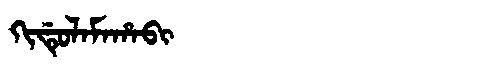
Manchu: ᡴᡳᡩᡠᠯᠠᠮᠠᡥᠠᠪᡳ
Romanization: KIDULAMAHABI